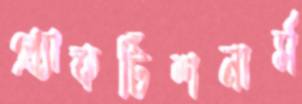
প্র্যাকটিশনার্স